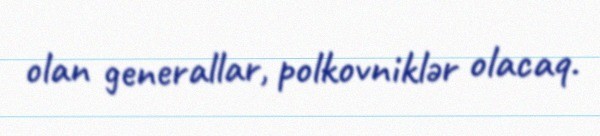
olan generallar, polkovniklər olacaq.